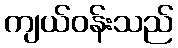
ကျယ်ဝန်းသည်